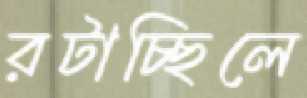
রটাচ্ছিলে